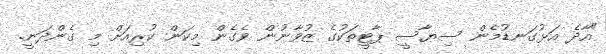
"އާދެ އަޅުގަނޑުމެން ސިޔާސީ ޕާޓީތަކުގެ ޒުވާނުން ވެގެން މިކަން ކުރިއަށް މި ގެންދަނީ.